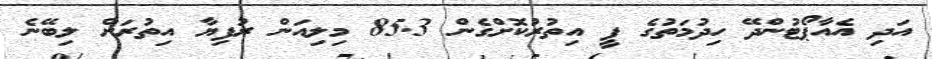
އަދި އެއާޕޯޓުންދޭ ހިދުމަތުގެ ފީ އިތުރުކޮށްގެން 85.3 މިލިއަން ރުފިޔާ އިތުރަށް ލިބޭނެ